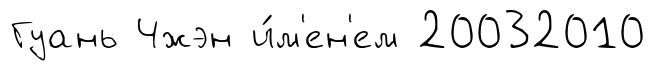
Гуань Чжэн и́м'ен'ем 20032010